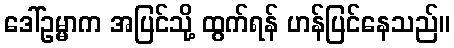
ဒေါ်ဥမ္မာက အပြင်သို့ ထွက်ရန် ဟန်ပြင်နေသည်။